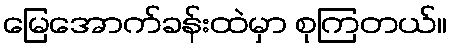
မြေအောက်ခန်းထဲမှာ စုကြတယ်။